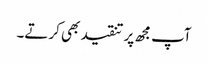
آپ مجھ پر تنقید بھی کرتے۔